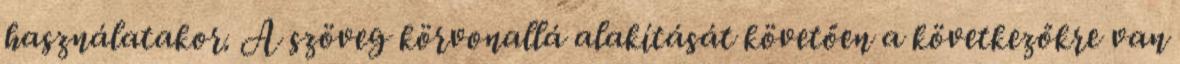
használatakor. A szöveg körvonallá alakítását követően a következőkre van